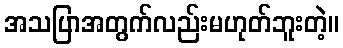
အသပြာအတွက်လည်းမဟုတ်ဘူးတဲ့။